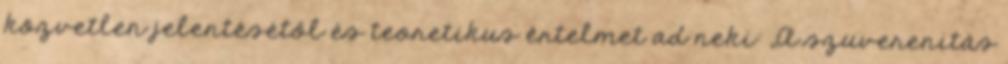
közvetlen jelentésétől és teoretikus értelmet ad neki: „A szuverenitás